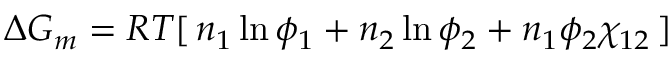
\Delta G _ { m } = R T [ \, n _ { 1 } \ln \phi _ { 1 } + n _ { 2 } \ln \phi _ { 2 } + n _ { 1 } \phi _ { 2 } \chi _ { 1 2 } \, ]